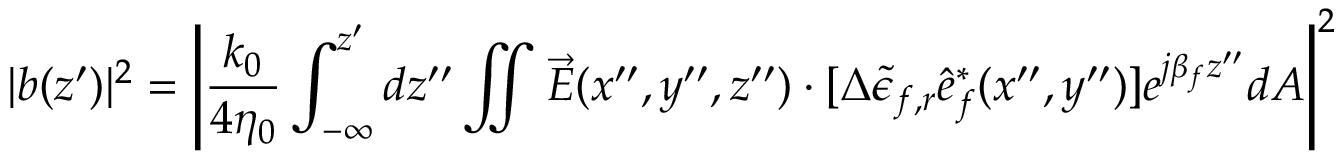
| b ( z ^ { \prime } ) | ^ { 2 } = \left| \frac { k _ { 0 } } { 4 \eta _ { 0 } } \int _ { - \infty } ^ { z ^ { \prime } } d z ^ { \prime \prime } \iint \vec { E } ( x ^ { \prime \prime } , y ^ { \prime \prime } , z ^ { \prime \prime } ) \cdot [ \Delta { \tilde { \epsilon } _ { f , r } } \hat { e } _ { f } ^ { * } ( x ^ { \prime \prime } , y ^ { \prime \prime } ) ] e ^ { j \beta _ { f } z ^ { \prime \prime } } d A \right| ^ { 2 }